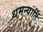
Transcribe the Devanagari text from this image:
धमन्यार्ति